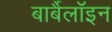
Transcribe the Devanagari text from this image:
बार्बैलॉइन